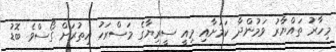
މިހާރު ތައްޔާރު ވަމުންދާ ކަމަށާއި މިއީ ސީރިޔާގެ މަސްރަހު އިތުރަށް ގޯސްވެ ބޮޑު